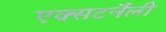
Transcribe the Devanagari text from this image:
एक्सटर्नैली